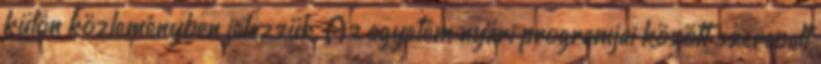
külön közleményben jelezzük. Az egyetem nyári programjai között szerepelt